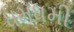
ધમધમી